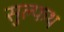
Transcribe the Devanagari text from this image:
सुल्फथ